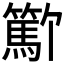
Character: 𬕳